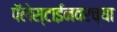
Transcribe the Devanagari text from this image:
पॅलेस्टाईनवरच्या